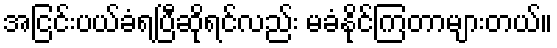
အငြင်းပယ်ခံရပြီဆိုရင်လည်း မခံနိုင်ကြတာများတယ်။